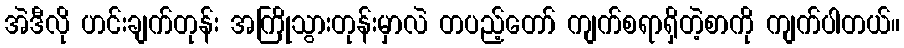
အဲဒီလို ဟင်းချက်တုန်း အကြိုသွားတုန်းမှာလဲ တပည့်တော် ကျက်စရာရှိတဲ့စာကို ကျက်ပါတယ်။